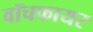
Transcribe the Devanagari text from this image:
वॉचफायर